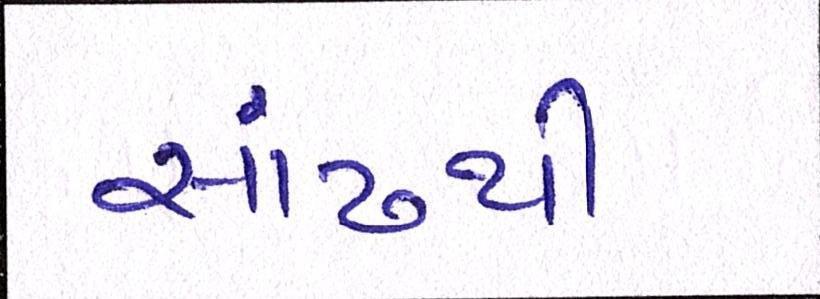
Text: સાંઢથી